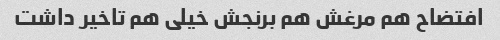
افتضاح هم مرغش هم برنجش خیلی هم تاخیر داشت